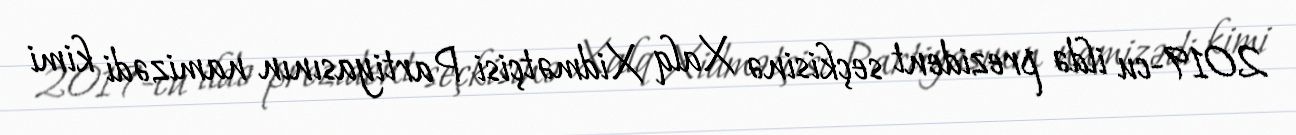
2019-cu ildə prezident seçkisinə Xalq Xidmətçisi Partiyasının namizədi kimi